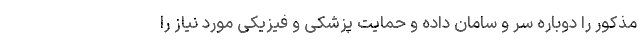
مذکور را دوباره سر و سامان داده و حمایت پزشکی و فیزیکی مورد نیاز را